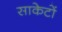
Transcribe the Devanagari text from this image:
साकेटों